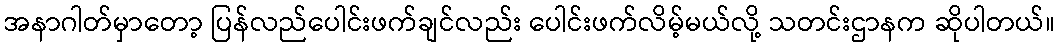
အနာဂါတ်မှာတော့ ပြန်လည်ပေါင်းဖက်ချင်လည်း ပေါင်းဖက်လိမ့်မယ်လို့ သတင်းဌာနက ဆိုပါတယ်။